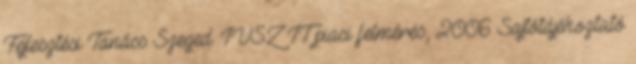
Fejlesztési Tanács Szeged. IVSZ IT piaci felmérés, 2006 Sajtótájékoztató